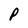
Character: P